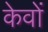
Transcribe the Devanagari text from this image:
केवों